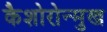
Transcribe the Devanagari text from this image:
कैशोरोन्मुख